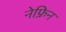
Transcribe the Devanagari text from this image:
नेफ्रिन